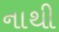
નાથી